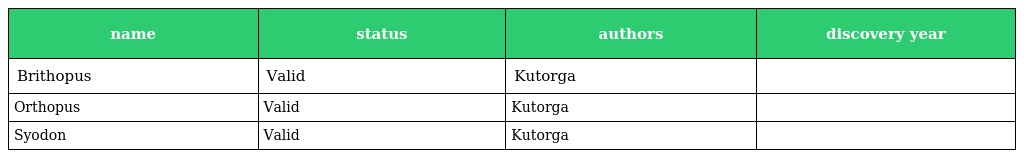
| name | status | authors | discovery year |
 | --- | --- | --- | --- |
 | Brithopus | Valid | Kutorga |  |
 | Orthopus | Valid | Kutorga |  |
 | Syodon | Valid | Kutorga |  |